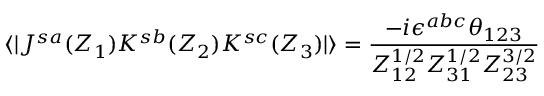
\langle | J ^ { s a } ( Z _ { 1 } ) K ^ { s b } ( Z _ { 2 } ) K ^ { s c } ( Z _ { 3 } ) | \rangle = \frac { - i \epsilon ^ { a b c } \theta _ { 1 2 3 } } { Z _ { 1 2 } ^ { 1 / 2 } Z _ { 3 1 } ^ { 1 / 2 } Z _ { 2 3 } ^ { 3 / 2 } }